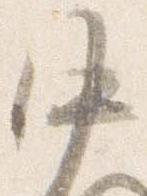
中